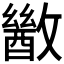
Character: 𫿙